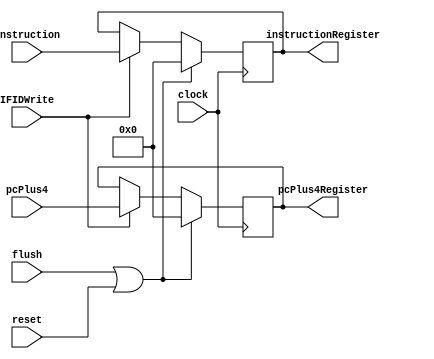
//-----------------------------------------------------------------------------
// Universidade Estadual de Feira de Santana
// TEC499 - MI - Sistemas Digitais
// Antares-R2 2016.1
//
// Module: if_id.v
// Desc:   Structure to keep all interstage Registers between Instruction Fetch
//         and Instruction Decode steps
// Inputs:
// 	flush: Signal to reset the output registers when it is on High
//  clock: The clock signal to change the value of output registers or reset it
//  IFIDWrite: Signal that say if the registers will be write or not
//  pcPlus4: the Value of Pc+4 that must be save on register
//  instruction: the 32 bits of the instruction that must be save on register
// Outputs:
//  instructionRegister: the value of the instruction on a previous clock pulse
//  pcPlus4Register: the PC plus 4 value on a previous clock pulse
//-----------------------------------------------------------------------------

`ifndef _if_id
`define _if_id

module if_id(
      input flush, clock,IFIDWrite, reset,
      input [31:0] pcPlus4, instruction,
      output reg [31:0] instructionRegister,pcPlus4Register
);


      always@(posedge clock) begin
          if (flush || reset) begin
            instructionRegister <= 0;
            pcPlus4Register <=0;
          end
          else if(IFIDWrite) begin
            instructionRegister <= instruction;
            pcPlus4Register <= pcPlus4;
          end
        end

endmodule
`endif